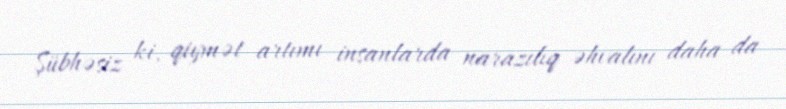
Şübhəsiz ki, qiymət artımı insanlarda narazılıq əhvalını daha da